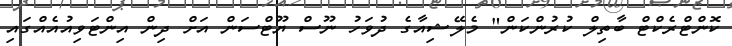
ކޮންޓްރެކްޓް ބާތިލް ކުރުންކަން" މެލޭޝިއާގެ ދުވަހު ނޫސް ޔޫޓްސަން އަށް ދިން އިންޓަވިއުއެއްގައި